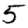
Digit: 5